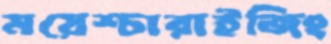
ময়েশ্চারাইজিং